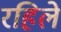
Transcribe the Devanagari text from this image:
रहिले